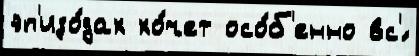
эп'изо́дах хо́чет осо́б'енно вс'́